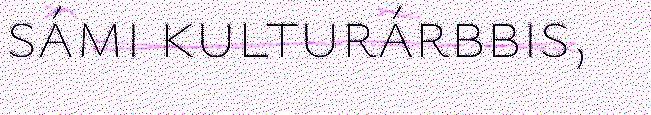
sámi kulturárbbis,